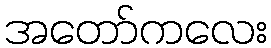
အတော်ကလေး